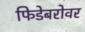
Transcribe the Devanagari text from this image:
फिडेबरोवर